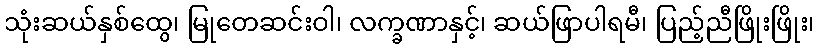
သုံးဆယ်နှစ်ထွေ၊ မြုတေဆင်းဝါ၊ လက္ခဏာနှင့်၊ ဆယ်ဖြာပါရမီ၊ ပြည့်ညီဖြိုးဖြိုး၊